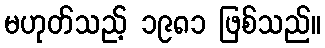
မဟုတ်သည့် ၁၉၈၁ ဖြစ်သည်။